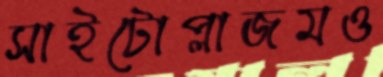
সাইটোপ্লাজমও